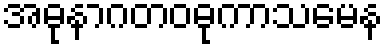
အဓုနာဂတဝဓုကာသမေန